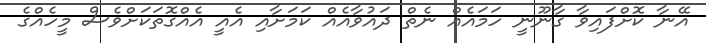
އޭނާ ކޮށްފައިވާ ގާނޫނީ ހަމައެއް ނެތް ދައުވާއެއް ކަމަށާއި އެއީ އެއްގޮތަކަށްވެސް މީހެއްގެ